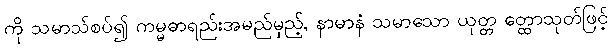
ကို သမာသ်စပ်၍ ကမ္မဓာရည်းအမည်မှည့်, နာမာနံ သမာသော ယုတ္တ တ္ထောသုတ်ဖြင့်